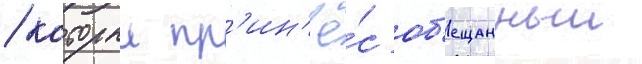
/ которыи пр'ин'ё́с об'ещанныи